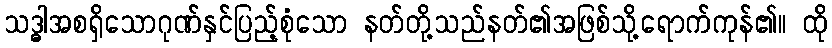
သဒ္ဓါအစရှိသောဂုဏ်နှင်ပြည့်စုံသော နတ်တို့သည်နတ်၏အဖြစ်သို့ရောက်ကုန်၏။ ထို